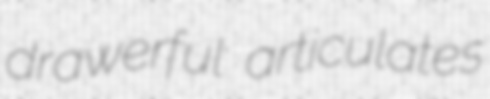
drawerful articulates